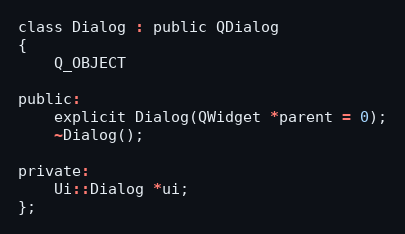
Language: C
class Dialog : public QDialog
{
    Q_OBJECT

public:
    explicit Dialog(QWidget *parent = 0);
    ~Dialog();

private:
    Ui::Dialog *ui;
};